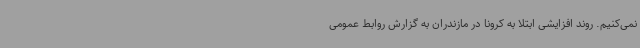
نمی‌کنیم. روند افزایشی ابتلا به کرونا در مازندران به گزارش روابط عمومی